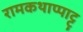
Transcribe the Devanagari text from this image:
रामकथाप्पाट्टु